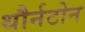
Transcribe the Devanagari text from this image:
थौर्नटोन